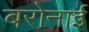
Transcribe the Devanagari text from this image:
बरोनाई